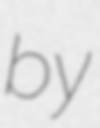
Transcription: by